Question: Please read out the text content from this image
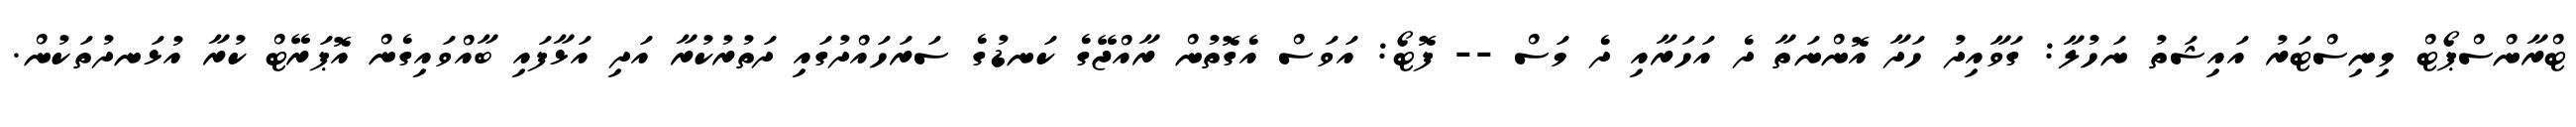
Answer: ޓްރާންސްޕޯޓް މިނިސްޓަރު އައިޝަތު ނަހުލާ: ގަވާއިދު ހަދާ އޮންނަތާ ދެ އަހަރާއި ދެ މަސް -- ފޮޓޯ: އަވަސް އެގޮތުން ރާއްޖޭގެ ކަނޑުގެ ސަރަހައްދުގައި ދަތުރުކުރާ އަދި އަޅާފައި ބާއްވައިގެން އޮޕަރޭޓް ކުރާ އުޅަނދުތަކުން.